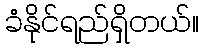
ခံနိုင်ရည်ရှိတယ်။